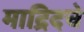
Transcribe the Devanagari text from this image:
माद्रिदचे